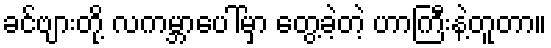
ခင်ဗျားတို့ လကမ္ဘာပေါ်မှာ တွေ့ခဲ့တဲ့ ဟာကြီးနဲ့တူတာ။